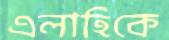
এলাহিকে